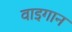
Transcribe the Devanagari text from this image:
वाइगान